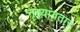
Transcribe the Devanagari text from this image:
नृत्यावतार